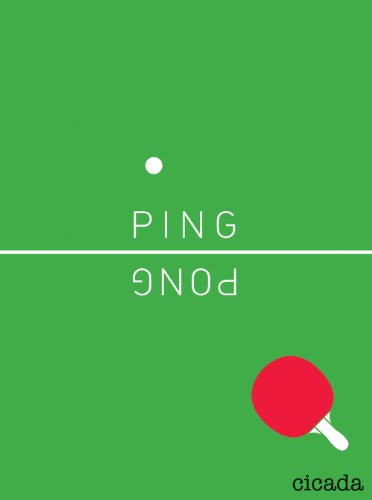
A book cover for Ping Pong; Sports & Outdoors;